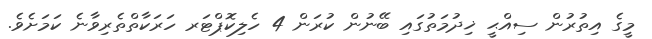
މީގެ އިތުރުން ސިއްޙީ ޚިދުމަތުގައި ބޭނުން ކުރަން 4 ހެލިކޮޕްޓަރ ހަރަކާތްތެރިވާނެ ކަމަށެވެ.